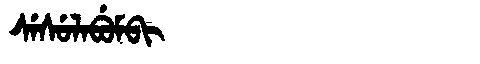
Manchu: ᠰᡝᠰᡠᠯᠠᠪᡠᠮᠪᡳ
Romanization: SESULABUMBI